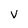
Character: V